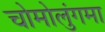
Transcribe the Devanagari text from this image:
चोमोलुंगमा